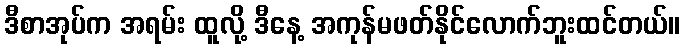
ဒီစာအုပ်က အရမ်း ထူလို့ ဒီနေ့ အကုန်မဖတ်နိုင်လောက်ဘူးထင်တယ်။